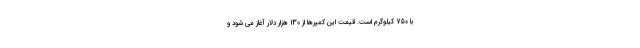
با 750 کیلوگرم است. قیمت این کمپرها از 130 هزار دلار آغاز می شود و